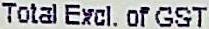
TOTAL EXCL. OF GST